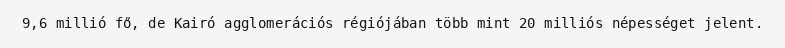
9,6 millió fő, de Kairó agglomerációs régiójában több mint 20 milliós népességet jelent.